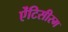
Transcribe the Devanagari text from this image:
ऐंटिसीरम